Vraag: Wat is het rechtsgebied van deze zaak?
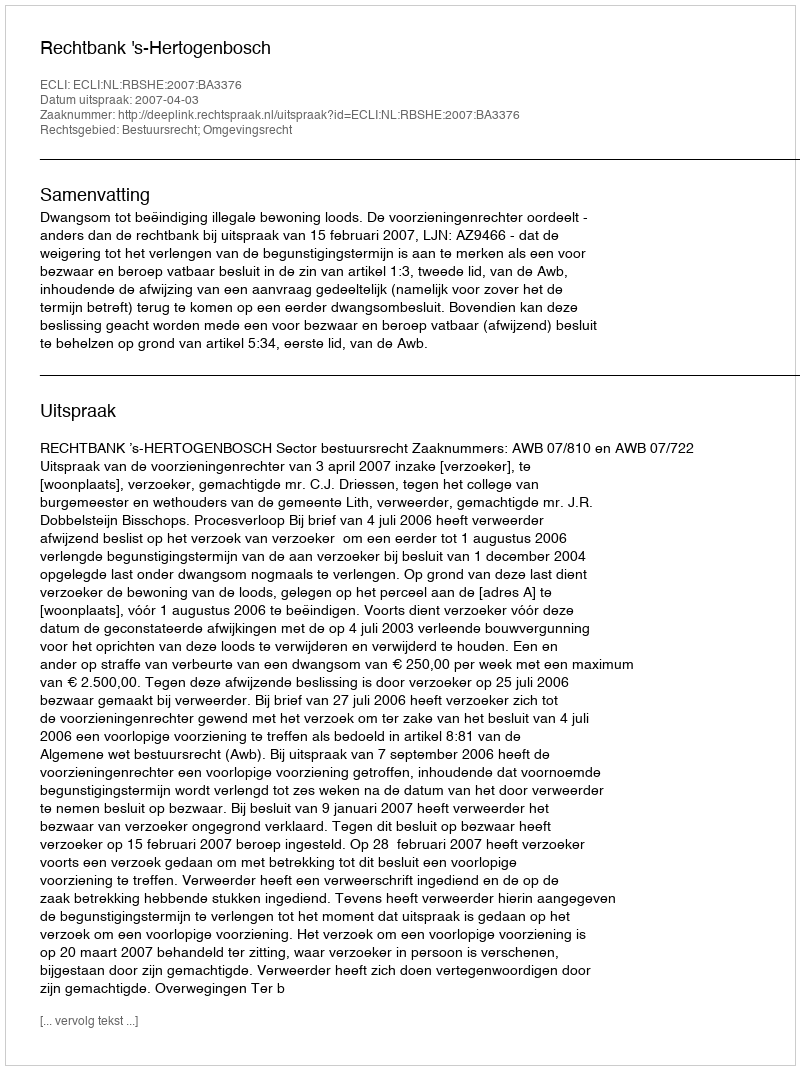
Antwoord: Bestuursrecht; Omgevingsrecht